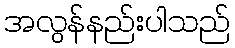
အလွန်နည်းပါသည်